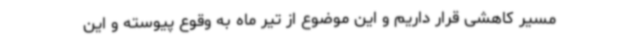
مسیر کاهشی قرار داریم و این موضوع از تیر ماه به وقوع پیوسته و این